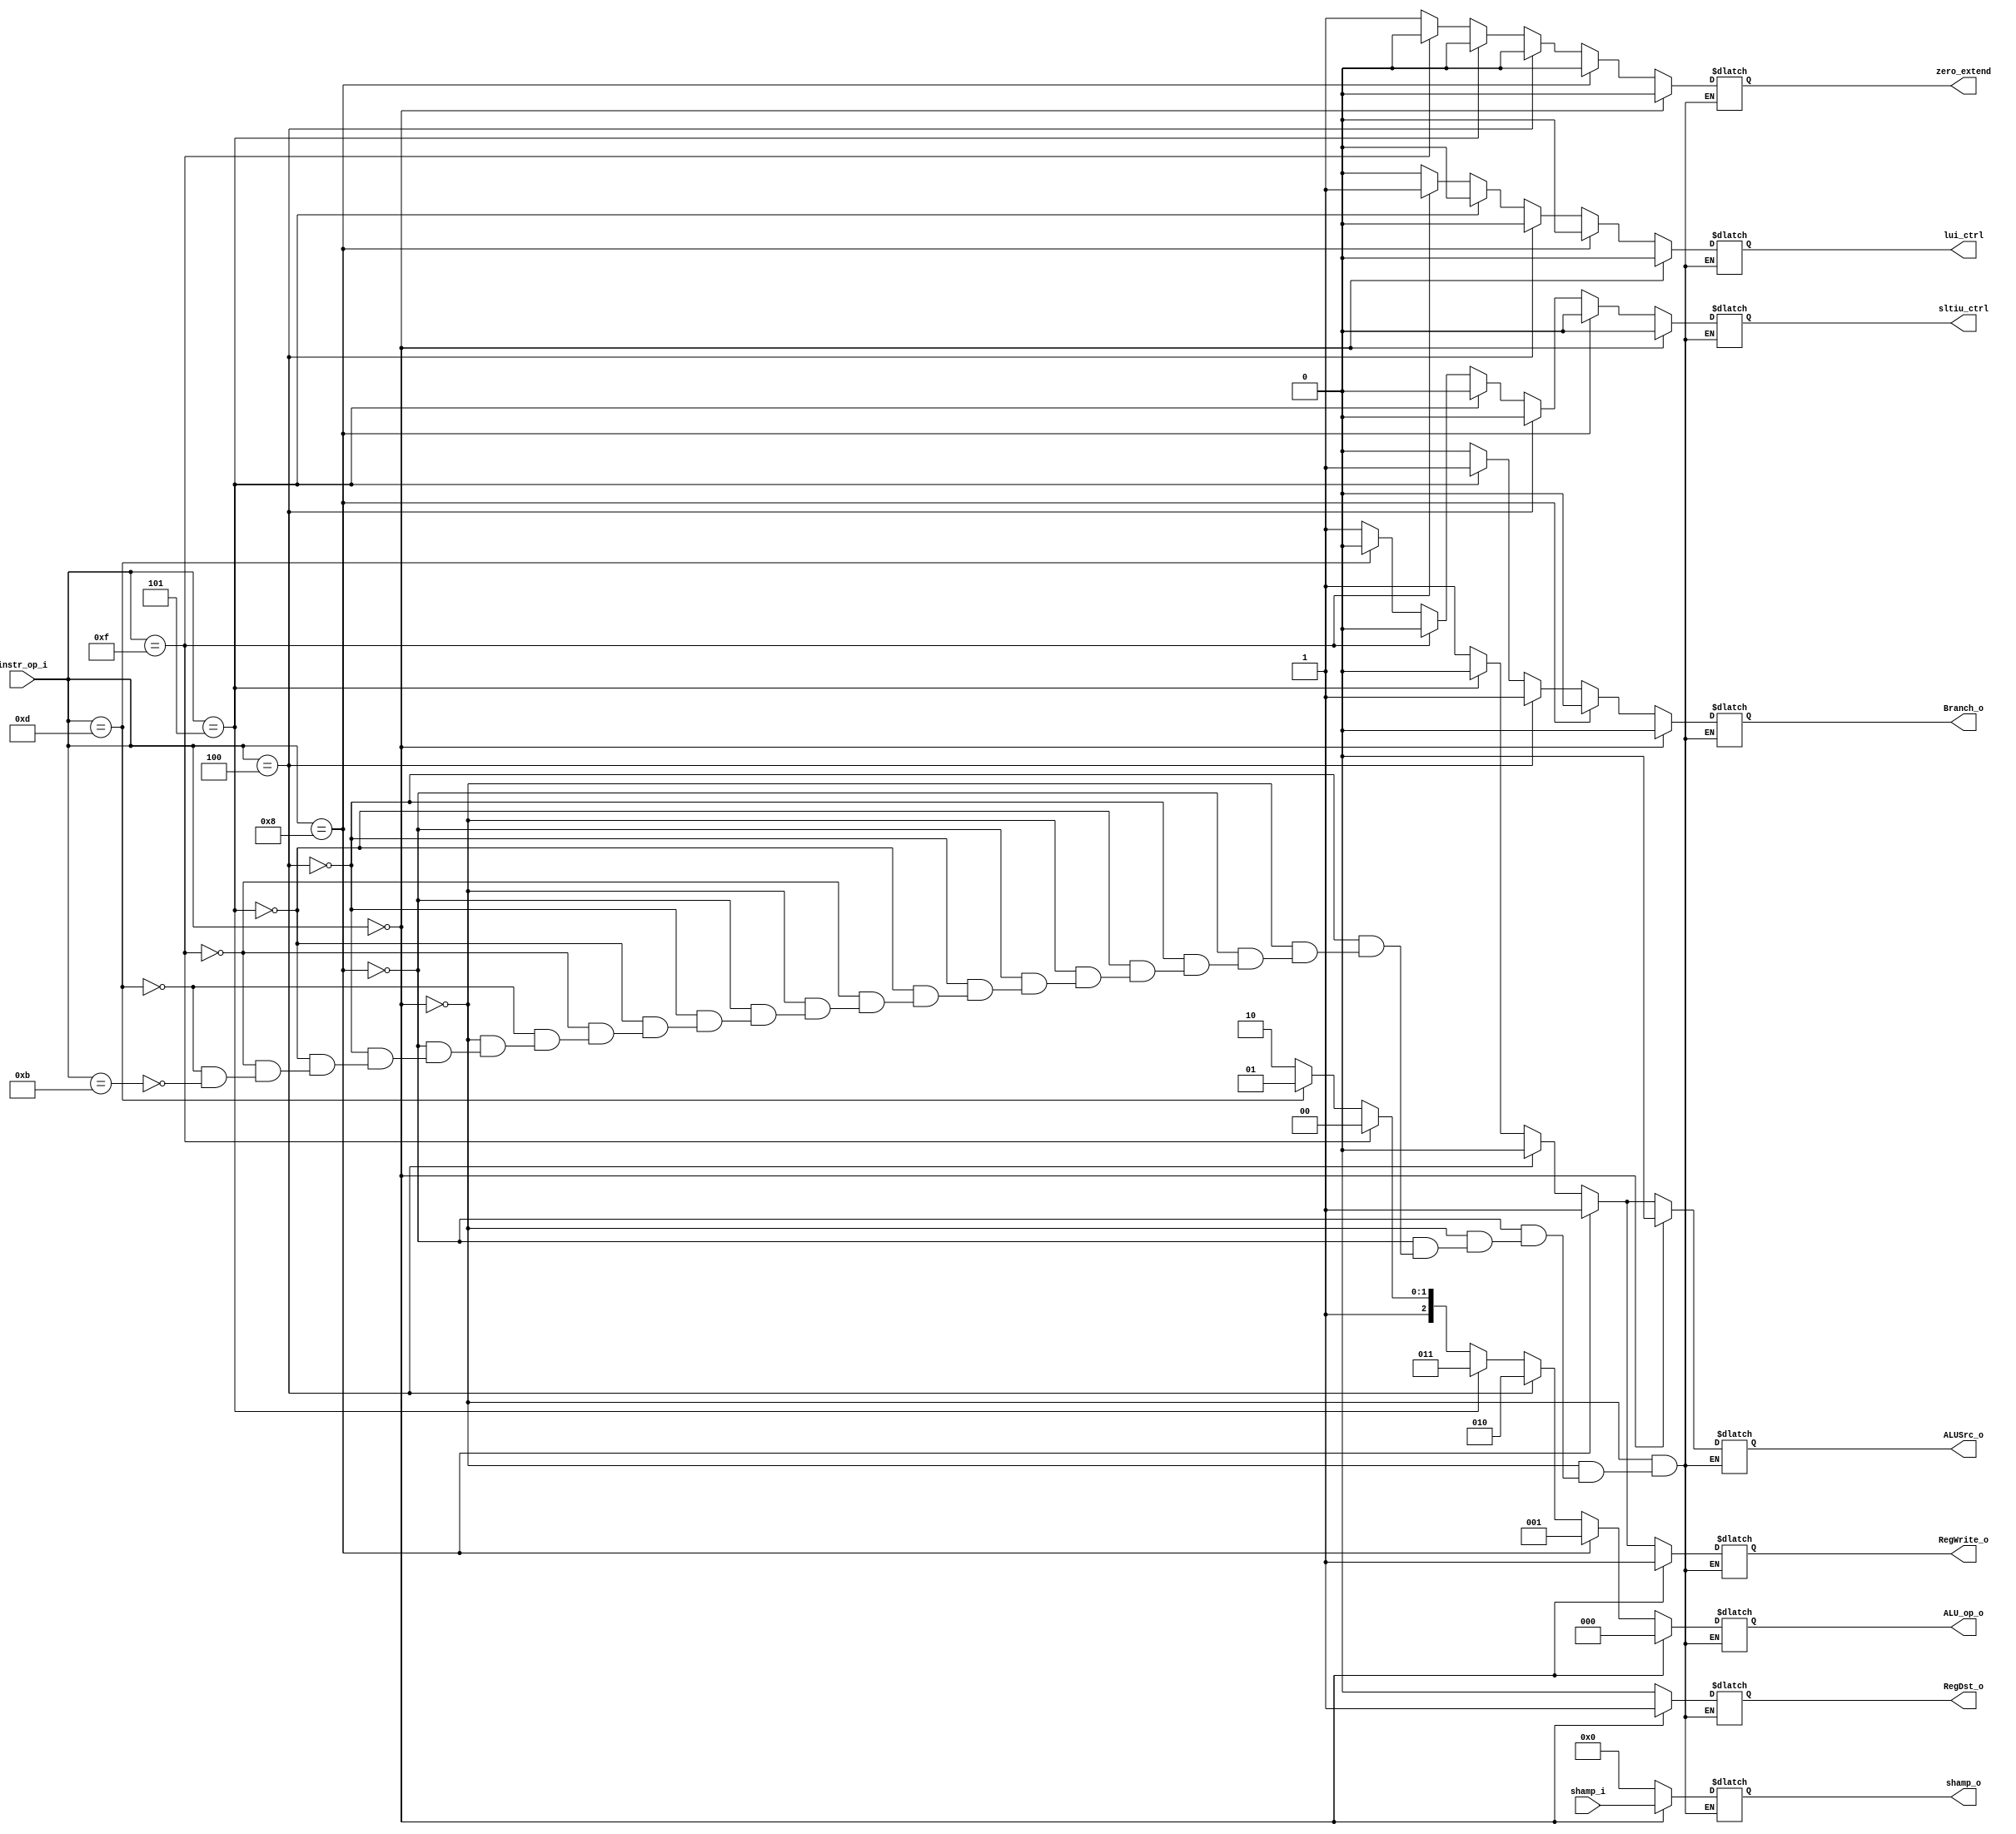

module Decoder(
    instr_op_i,
    RegWrite_o,
    ALU_op_o,
    ALUSrc_o,
    RegDst_o,
    Branch_o,
    zero_extend,
    lui_ctrl,
    sltiu_ctrl,
    shamp_i,
    shamp_o
    );

//I/O ports
input  [6-1:0] instr_op_i;
input  [5-1:0] shamp_i;

output         RegWrite_o;
output [3-1:0] ALU_op_o;
output         ALUSrc_o;
output         RegDst_o;
output         Branch_o;

output         sltiu_ctrl;
output         lui_ctrl;
output         zero_extend;
output  [5-1:0] shamp_o;

//Internal Signals
reg    [3-1:0] ALU_op_o;
reg            ALUSrc_o;
reg            RegWrite_o;
reg            RegDst_o;
reg            Branch_o;
reg            zero_extend;
reg            lui_ctrl;
reg         sltiu_ctrl;
reg    [5-1:0] shamp_o;

always @(*) begin
	if(instr_op_i==6'b000000)begin   //R-types
		RegDst_o = 1'b1;
		Branch_o = 1'b0;
		ALUSrc_o = 1'b0;
		RegWrite_o = 1'b1;
		zero_extend = 1'b0;
		lui_ctrl = 1'b0;
		sltiu_ctrl = 1'b0;
		ALU_op_o = 3'b000;
		shamp_o = shamp_i;
	end else if(instr_op_i==6'b001000)begin  //addi
		RegDst_o = 1'b0;
		Branch_o = 1'b0;
		ALUSrc_o = 1'b1;
		RegWrite_o = 1'b1;
		zero_extend = 1'b0;
		lui_ctrl = 1'b0;
		sltiu_ctrl = 1'b0;
		ALU_op_o = 3'b001;
		shamp_o = 5'b00000;
	end else if(instr_op_i==6'b000100)begin  //beq
		RegDst_o = 1'b0;
		Branch_o = 1'b1;
		ALUSrc_o = 1'b0;
		RegWrite_o = 1'b0;
		zero_extend = 1'b0;
		lui_ctrl = 1'b0;
		sltiu_ctrl = 1'b0;
		ALU_op_o = 3'b010;
		shamp_o = 5'b00000;
	end else if(instr_op_i==6'b000101)begin  //bne
		RegDst_o = 1'b0;
		Branch_o = 1'b1;
		ALUSrc_o = 1'b0;
		RegWrite_o = 1'b0;
		zero_extend = 1'b0;
		lui_ctrl = 1'b0;
		sltiu_ctrl = 1'b0;
		ALU_op_o = 3'b011;
		shamp_o = 5'b00000;
	end else if(instr_op_i==6'b001111)begin  //lui
		RegDst_o = 1'b0;
		Branch_o = 1'b0;
		ALUSrc_o = 1'b1;
		RegWrite_o = 1'b1;
		zero_extend = 1'b0;
		lui_ctrl = 1'b1;
		sltiu_ctrl = 1'b0;
		ALU_op_o = 3'b100;
		shamp_o = 5'b00000;
	end else if(instr_op_i==6'b001101)begin  //ori
		RegDst_o = 1'b0;
		Branch_o = 1'b0;
		ALUSrc_o = 1'b1;
		RegWrite_o = 1'b1;
		zero_extend = 1'b1;
		lui_ctrl = 1'b0;
		sltiu_ctrl = 1'b0;
		ALU_op_o = 3'b101;
		shamp_o = 5'b00000;
	end else if(instr_op_i==6'b001011)begin  //sltiu
		RegDst_o = 1'b0;
		Branch_o = 1'b0;
		ALUSrc_o = 1'b1;
		RegWrite_o = 1'b1;
		zero_extend = 1'b1;
		lui_ctrl = 1'b0;
		sltiu_ctrl = 1'b1;
		ALU_op_o = 3'b110;
		shamp_o = 5'b00000;
	end
end




endmodule